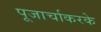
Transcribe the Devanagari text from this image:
पूजार्चाकरके